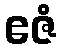
ဧဇံ